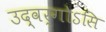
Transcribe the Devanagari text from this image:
उद्वर्गोऽसि